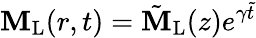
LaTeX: \mathbf{M}_{\mathrm{{L}}}(r,t)=\tilde{{\mathbf{M}}}_{\mathrm{{L}}}(z)e^{\gamma\tilde{{t}}}